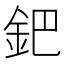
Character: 鈀